Report on sanitation, dispensaries, and jails in Rajputana for 1918, and on vaccination for the year 1918-1919 - 1918-1919
Year: 1918
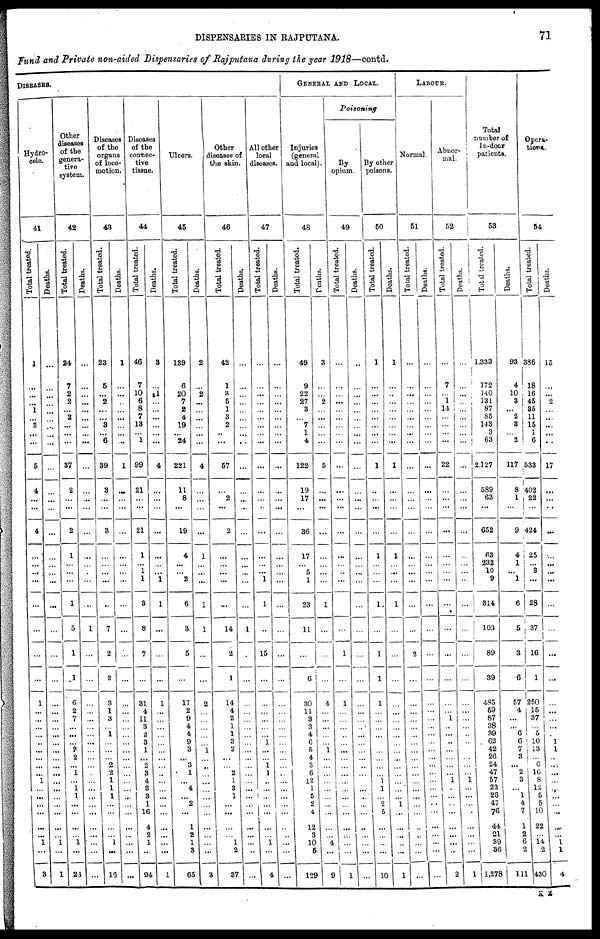
DISPENSARIES IN RAJPUTANA.
71
Fund and Private non-aided Dispensaries of Rajputana during the year 1918—contd.
DISEASES.
Hydro-
cele.
41
Total treated.
1
...
...
...
1
...
3
...
...
5
4
...
...
4
...
...
...
...
...
...
...
...
1
...
...
...
...
...
...
...
...
...
1
...
...
...
...
...
...
1
...
3
Deaths.
...
...
...
...
...
...
...
...
...
...
...
...
...
...
...
...
...
...
...
...
...
...
...
...
...
...
...
...
...
...
...
...
...
...
...
...
...
...
...
1
...
1
Other
diseases
of the
genera¬
tive
system.
42
Total treated.
24
7
2
2
...
2
...
...
...
37
2
...
...
2
1
...
...
...
1
5
1
1
6
2
7
...
...
...
2
2
...
1
...
1
1
...
...
...
...
1
...
23
Deaths.
...
...
...
...
...
...
...
...
...
...
...
...
...
...
...
...
...
...
...
1
...
...
...
...
...
...
...
...
...
...
...
...
...
...
...
...
...
...
...
...
...
...
Diseases
of the
organs
of loco-
motion.
43
Total treated.
23
5
...
2
...
...
3
...
6
39
3
...
...
3
...
...
...
...
...
7
2
2
3
1
3
...
1
...
...
...
2
2
1
1
1
...
...
...
...
1
...
16
Deaths.
1
...
...
...
...
...
...
...
...
1
...
...
...
...
...
...
...
...
...
...
...
...
...
...
...
...
...
...
...
...
...
...
...
...
...
...
...
...
...
...
...
...
Diseases
of the
connec-
tive
tissue.
44
Total treated.
46
7
10
6
8
7
13
...
1
99
21
...
...
21
1
...
1
1
3
8
7
...
31
4
11
3
2
3
1
...
2
3
4
3
3
1
16
4
2
1
...
94
Deaths.
3
...
1
...
...
...
...
...
...
4
...
...
...
...
...
...
...
1
1
...
...
...
1
...
...
...
...
...
...
...
...
...
...
...
...
...
...
...
...
...
...
1
Ulcers.
45
Total treated.
139
6
20
7
2
4
19
...
24
221
11
8
...
19
4
...
...
2
6
3
5
...
17
2
9
4
4
9
3
...
3
1
...
4
...
2
...
1
2
1
3
65
Deaths.
2
...
2
...
...
...
...
...
...
4
...
...
...
...
1
...
...
...
1
1
...
...
2
...
...
...
...
...
1
...
...
...
...
...
...
...
...
...
...
...
...
3
Other
diseases of
the skin.
46
Total treated.
42
1
3
5
1
3
2
...
...
57
...
2
...
2
...
...
...
...
...
14
2
1
14
4
2
1
1
3
2
...
...
2
1
3
1
...
...
...
...
1
2
37
Deaths.
...
...
...
...
...
...
...
...
...
...
...
...
...
...
...
...
...
...
...
1
...
...
...
...
...
...
...
...
...
...
...
...
...
...
...
...
...
...
...
...
...
...
All other
local
diseases.
47
Total treated.
...
...
...
...
...
...
...
...
...
...
...
...
...
...
...
...
...
1
1
...
15
...
...
...
...
...
...
1
...
...
1
1
...
...
...
...
...
...
...
1
...
4
Deaths.
...
...
...
...
...
...
...
...
...
...
...
...
...
...
...
...
...
...
...
...
...
...
...
...
...
...
...
...
...
...
...
...
...
...
...
...
...
...
...
...
...
...
GENERAL AND LOCAL.
Injuries
(general
and local).
48
Total treated.
49
9
22
27
3
...
7
1
4
122
19
17
...
36
17
...
5
1
23
11
...
6
30
11
3
3
4
6
5
4
3
6
12
1
5
2
4
12
3
10
5
129
Deaths.
3
...
...
2
...
...
...
...
...
5
...
...
...
...
...
...
...
...
1
...
...
...
4
...
...
...
...
...
1
...
...
...
...
...
...
...
...
...
...
4 ...
9
Poisoning
By
opium.
49
Total treated.
...
...
...
...
...
...
...
...
...
...
...
...
...
...
...
...
...
...
...
...
1
...
1
...
...
...
...
...
...
...
...
...
...
...
...
...
...
...
...
...
...
1
Deaths.
...
...
...
...
...
...
...
...
...
...
...
...
...
...
...
...
...
...
...
...
...
...
...
...
...
...
...
...
...
...
...
...
...
...
...
...
...
...
...
...
...
...
By other
poisons.
50
Total treated.
1
...
...
...
...
...
...
...
...
1
...
...
...
...
1
...
...
...
1
...
1
1
1
...
...
...
...
...
...
...
...
...
1
1
...
2
5
...
...
...
...
10
Deaths.
1
...
...
...
...
...
...
...
...
1
...
...
...
...
1
...
...
...
1
...
...
...
...
...
...
...
...
...
...
...
...
...
...
...
...
1
...
...
...
...
...
1
LABOUR.
Normal.
51
Total treated.
...
...
...
...
...
...
...
...
...
...
...
...
...
...
...
...
...
...
...
...
2
...
...
...
...
...
...
...
...
...
...
...
...
...
...
...
...
...
...
...
...
...
Deaths.
...
...
...
...
...
...
...
...
...
...
...
...
...
...
...
...
...
...
...
...
...
...
...
...
...
...
...
...
...
...
...
...
...
...
...
...
...
...
...
...
...
...
Abnor¬
mal.
52
Total treated.
...
7
...
1
14
...
...
...
...
22
...
...
...
...
...
...
...
...
...
...
...
...
...
...
1
...
...
...
...
...
...
...
1
...
...
...
...
...
...
...
...
2
Deaths.
...
...
...
...
...
...
...
...
...
...
...
...
...
...
...
...
...
...
...
...
...
...
...
...
...
...
...
...
...
...
...
...
1
...
...
...
... ...
...
...
...
1
Total
number of
In-door
patients.
53
Total treated.
1,333
172
140
131
87
85
143
3
63
2,127
589
63
...
652
63
232
10
9
314
103
89
39
485
59
87
38
39
62
42
26
24
47
57
23
26
47
76
44
21
39
36
1,278
Deaths.
93
4
10
3
...
2
3
...
2
117
8
1
...
9
4
1
...
1
6
5
3
6
57
4
...
...
6
6
7
3
...
2
3
...
1
4
7
1
2
6
2
111
Opera¬
tions.
54
Total treated.
386
18
16
45
35
11
15
1
6
533
402
22
...
424
25
...
3
...
28
37
16
1
250
15
37
...
5
10
13
...
6
16
8
12
5
5
10
22
...
14
2
430
Deaths.
15
...
...
2
...
...
...
...
...
17
...
...
...
...
...
...
...
...
...
...
...
...
...
...
...
...
...
1
1
...
...
...
...
...
...
...
...
...
...
1
1
4
K 2